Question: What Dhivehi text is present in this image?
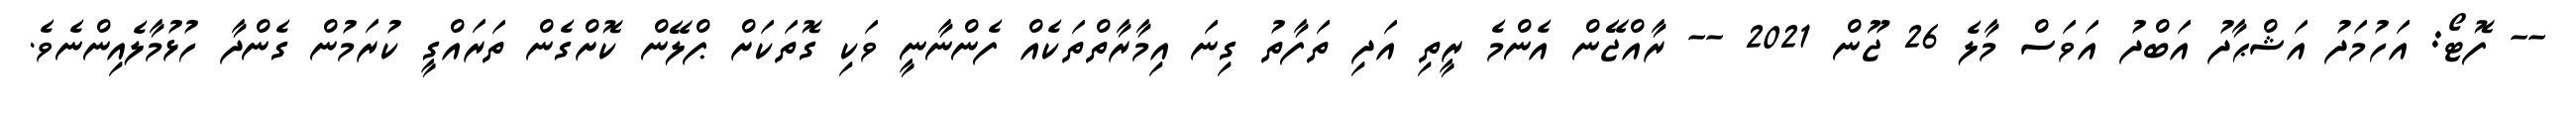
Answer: -- ފޮޓޯ: އަހުމަދު އަޝްޙާދު އަބްދު އަވަސް މާލެ 26 ޖޫން 2021 -- ރާއްޖޭން އެންމެ ރީތި އަދި ތަފާތު ގިނަ އިމާރާތްތަކެއް ފެންނާނީ ވަކި ގޮތަކަށް ޕްލޭން ކޮށްގެން ތަރައްގީ ކުރަމުން ގެންދާ ހުޅުމާލެއިންނެވެ.